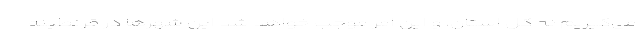
می‌گیریم نه کل استان، و این امر موجب خواهد شد این شهرها در قرنطینه